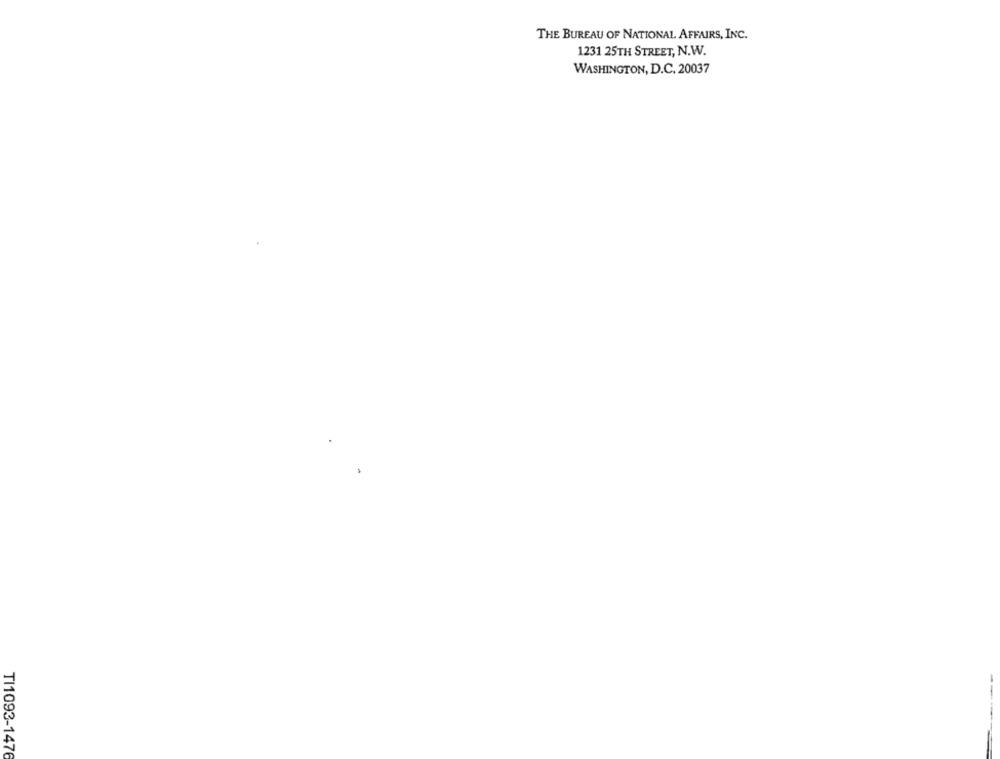
THE BUREAU OF NATIONAL AFFAIRS, INC.
1231 25TH STREET, N.W.
WASHINGTON, D.C. 20037
--
TI1093-1476